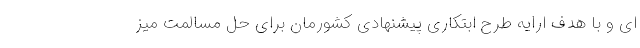
ای و با هدف ارایه طرح ابتکاری پیشنهادی کشورمان برای حل مسالمت ‌میز